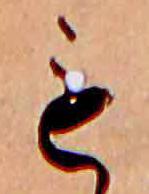
も